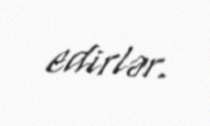
edirlər.